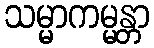
သမ္မာကမ္မန္တာ